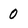
Character: 0